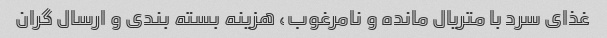
غذای سرد با متریال مانده و نامرغوب، هزینه بسته بندی و ارسال گران